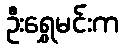
ဦးရွှေမင်းက